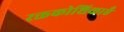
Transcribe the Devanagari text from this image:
रक्तकोशिकाएँ